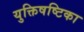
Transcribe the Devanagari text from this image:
युक्तिषष्टिका